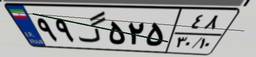
۹۹گ۵۲۵۴۸